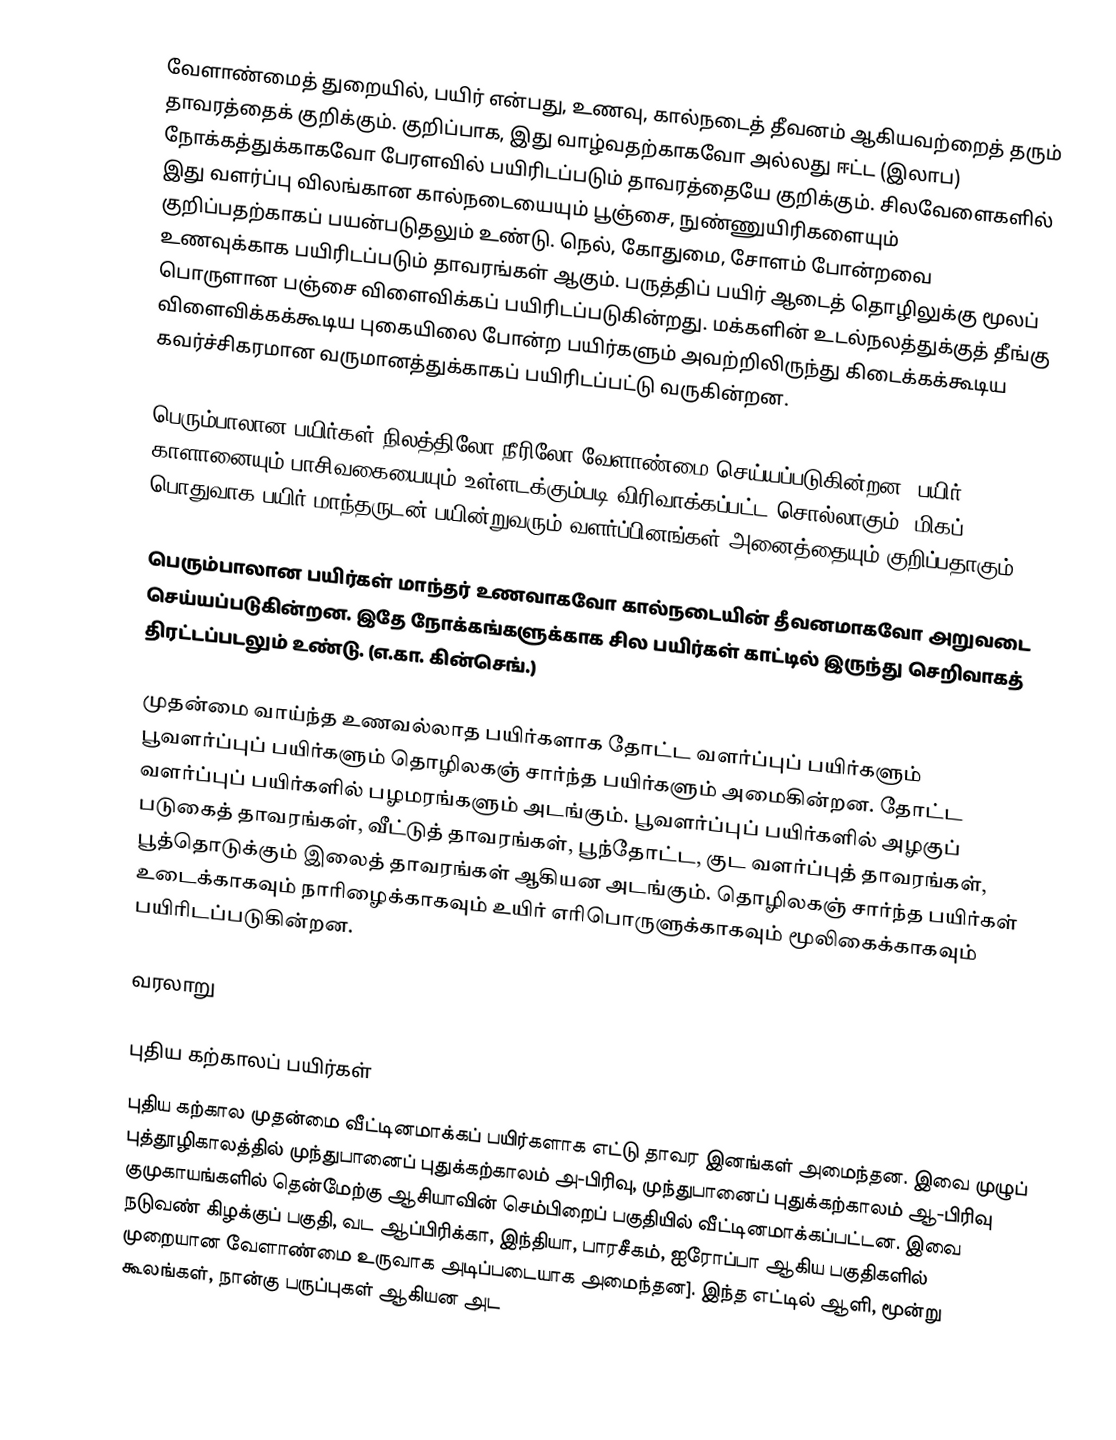
வேளாண்மைத் துறையில், பயிர் என்பது, உணவு, கால்நடைத் தீவனம்  ஆகியவற்றைத் தரும் தாவரத்தைக் குறிக்கும். குறிப்பாக, இது வாழ்வதற்காகவோ அல்லது ஈட்ட (இலாப)  நோக்கத்துக்காகவோ  பேரளவில் பயிரிடப்படும் தாவரத்தையே குறிக்கும். சிலவேளைகளில் இது வளர்ப்பு விலங்கான கால்நடையையும்  பூஞ்சை, நுண்ணுயிரிகளையும் குறிப்பதற்காகப் பயன்படுதலும் உண்டு.  நெல், கோதுமை, சோளம் போன்றவை உணவுக்காக பயிரிடப்படும் தாவரங்கள் ஆகும். பருத்திப் பயிர் ஆடைத்  தொழிலுக்கு மூலப் பொருளான பஞ்சை விளைவிக்கப் பயிரிடப்படுகின்றது. மக்களின் உடல்நலத்துக்குத் தீங்கு விளைவிக்கக்கூடிய புகையிலை போன்ற பயிர்களும் அவற்றிலிருந்து கிடைக்கக்கூடிய கவர்ச்சிகரமான வருமானத்துக்காகப் பயிரிடப்பட்டு வருகின்றன.

பெரும்பாலான பயிர்கள் நிலத்திலோ நீரிலோ வேளாண்மை செய்யப்படுகின்றன.  பயிர் (crop)  காளானையும் பாசிவகையையும் உள்ளடக்கும்படி விரிவாக்கப்பட்ட சொல்லாகும். மிகப் பொதுவாக பயிர் மாந்தருடன் பயின்றுவரும் வளர்ப்பினங்கள் அனைத்தையும் குறிப்பதாகும்.

பெரும்பாலான பயிர்கள் மாந்தர் உணவாகவோ கால்நடையின் தீவனமாகவோ அறுவடை செய்யப்படுகின்றன. இதே நோக்கங்களுக்காக  சில பயிர்கள் காட்டில் இருந்து செறிவாகத் திரட்டப்படலும் உண்டு.  (எ.கா. கின்செங்.)

முதன்மை வாய்ந்த உணவல்லாத பயிர்களாக தோட்ட வளர்ப்புப் பயிர்களும் பூவளர்ப்புப் பயிர்களும் தொழிலகஞ் சார்ந்த பயிர்களும் அமைகின்றன.  தோட்ட வளர்ப்புப் பயிர்களில் பழமரங்களும் அடங்கும். பூவளர்ப்புப் பயிர்களில் அழகுப் படுகைத் தாவரங்கள், வீட்டுத் தாவரங்கள்,  பூந்தோட்ட, குட வளர்ப்புத் தாவரங்கள், பூத்தொடுக்கும் இலைத் தாவரங்கள் ஆகியன அடங்கும்.  தொழிலகஞ் சார்ந்த பயிர்கள் உடைக்காகவும் நாரிழைக்காகவும் உயிர் எரிபொருளுக்காகவும்  மூலிகைக்காகவும் பயிரிடப்படுகின்றன.

வரலாறு

புதிய கற்காலப் பயிர்கள்
புதிய கற்கால முதன்மை வீட்டினமாக்கப் பயிர்களாக எட்டு தாவர இனங்கள் அமைந்தன. இவை முழுப் புத்தூழிகாலத்தில் முந்துபானைப் புதுக்கற்காலம் அ-பிரிவு, முந்துபானைப் புதுக்கற்காலம் ஆ-பிரிவு குமுகாயங்களில் தென்மேற்கு ஆசியாவின் செம்பிறைப் பகுதியில் வீட்டினமாக்கப்பட்டன. இவை நடுவண் கிழக்குப் பகுதி, வட ஆப்பிரிக்கா, இந்தியா, பாரசீகம், ஐரோப்பா ஆகிய பகுதிகளில் முறையான வேளாண்மை உருவாக அடிப்படையாக அமைந்தன]. இந்த எட்டில் ஆளி, மூன்று கூலங்கள், நான்கு பருப்புகள் ஆகியன அட